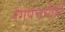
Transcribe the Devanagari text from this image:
रंगपंचमीही